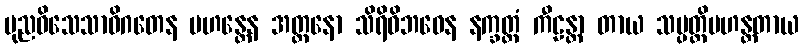
ပုညဝိသေသာဓိဂတေန မဟန္တေန အတ္တနော သိရိဝိဘဝေန နက္ခတ္တံ ကီဠန္တာ တာယ သမ္ပတ္တိမဟန္တတာယ